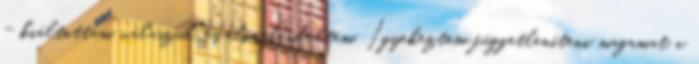
- kiáltottam válaszul, és előrelendültem. Igyekeztem függetleníteni magamat a